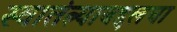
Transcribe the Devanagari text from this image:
स्वातंत्र्याबद्दलचा